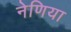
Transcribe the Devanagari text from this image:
नेणिया